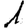
Digit: 1